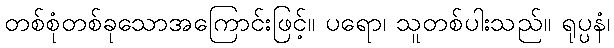
တစ်စုံတစ်ခုသောအကြောင်းဖြင့်။ ပရော၊ သူတစ်ပါးသည်။ ရုပ္ပနံ၊